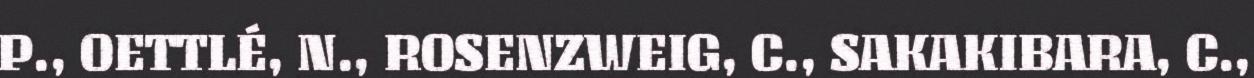
P., OETTLÉ, N., ROSENZWEIG, C., SAKAKIBARA, C.,